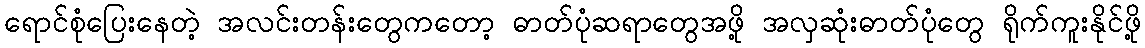
ရောင်စုံပြေးနေတဲ့ အလင်းတန်းတွေကတော့ ဓာတ်ပုံဆရာတွေအဖို့ အလှဆုံးဓာတ်ပုံတွေ ရိုက်ကူးနိုင်ဖို့